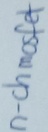
Text: n-chmosfet